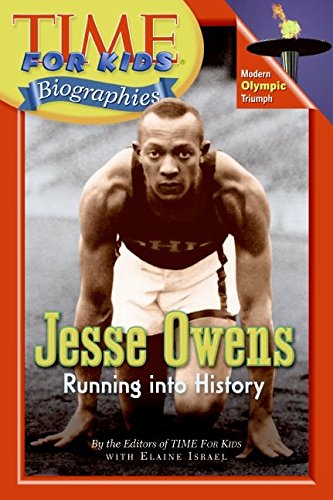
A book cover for Time For Kids: Jesse Owens: Running into History (Time for Kids Biographies); Editors of TIME For Kids; Children's Books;